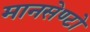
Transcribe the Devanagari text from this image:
मानसेण्टो